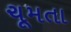
ચૂમતા